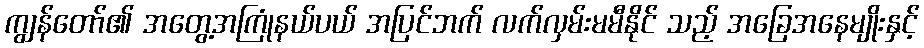
ကျွန်တော်၏ အတွေ့အကြုံနယ်ပယ် အပြင်ဘက် လက်လှမ်းမမီနိုင် သည့် အခြေအနေမျိုးနှင့်